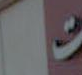
ال